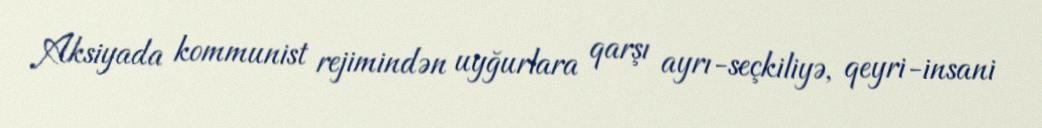
Aksiyada kommunist rejimindən uyğurlara qarşı ayrı-seçkiliyə, qeyri-insani